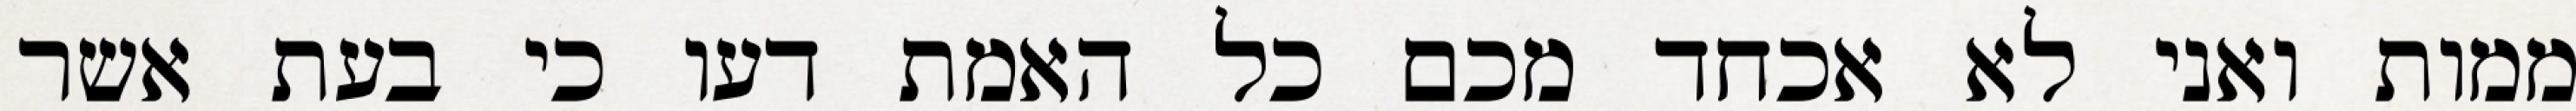
ממות ואני לא אכחד מכם כל האמת דעו כי בעת אשר